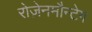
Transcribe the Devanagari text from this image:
रोज़ेनमौन्टेग